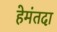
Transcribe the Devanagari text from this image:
हेमंतदा